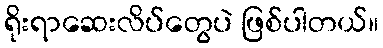
ရိုးရာဆေးလိပ်တွေပဲ ဖြစ်ပါတယ်။